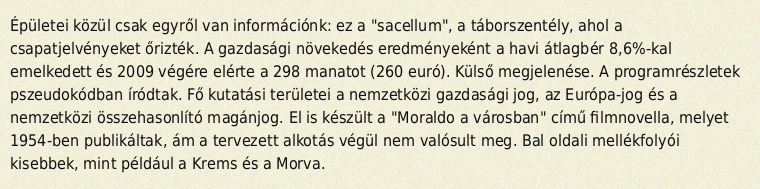
Épületei közül csak egyről van információnk: ez a "sacellum", a táborszentély, ahol a csapatjelvényeket őrizték. A gazdasági növekedés eredményeként a havi átlagbér 8,6%-kal emelkedett és 2009 végére elérte a 298 manatot (260 euró). Külső megjelenése. A programrészletek pszeudokódban íródtak. Fő kutatási területei a nemzetközi gazdasági jog, az Európa-jog és a nemzetközi összehasonlító magánjog. El is készült a "Moraldo a városban" című filmnovella, melyet 1954-ben publikáltak, ám a tervezett alkotás végül nem valósult meg. Bal oldali mellékfolyói kisebbek, mint például a Krems és a Morva.